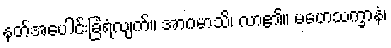
နတ်အပေါင်းခြံရံလျက်။ အာဂမာသိ၊ လာ၏။ မဟေသက္ခာနံ၊